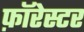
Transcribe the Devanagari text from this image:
फ़ॉरेस्टर